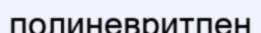
полиневритпен